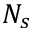
N _ { s }